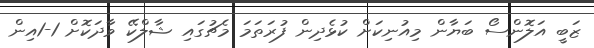
ޒަބީ އަލޮންސޯ ބަޔާން މިއުނިކަށް ކުޅެދިން ފުރަތަމަ މެޗުގައި ޝާލްކޭ ވާދަކޮށް 1-1އިން